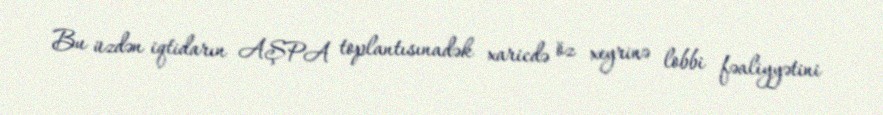
Bu üzdən iqtidarın AŞPA toplantısınadək xaricdə öz xeyrinə lobbi fəaliyyətini